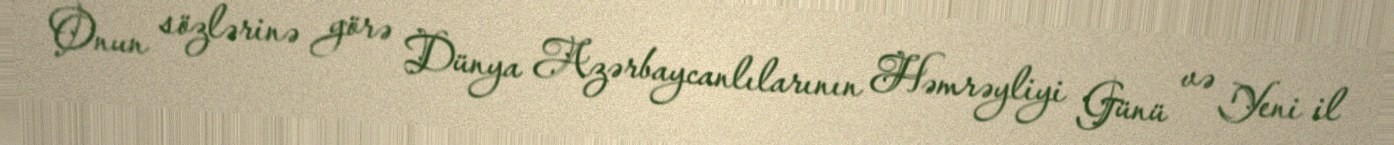
Onun sözlərinə görə Dünya Azərbaycanlılarının Həmrəyliyi Günü və Yeni il